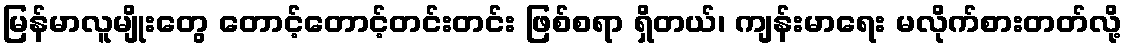
မြန်မာလူမျိုးတွေ တောင့်တောင့်တင်းတင်း ဖြစ်စရာ ရှိတယ်၊ ကျန်းမာရေး မလိုက်စားတတ်လို့